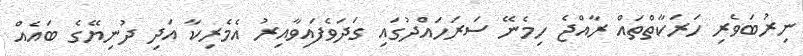
ނިރުުބަވެރި ހަރަކާތްތައް ރާއްޖެ ހިމެނޭ ސަރަހައްދުގައި ގަދަވެފައިވާއިރު އެމެރިކާ އަދި ދުނިޔޭގެ ބައެއް